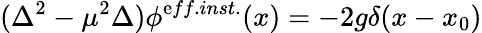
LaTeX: (\Delta^{2}-\mu^{2}\Delta)\phi^{\mathrm{e}ff.inst.}(x)=-2g\delta(x-x_{0})